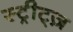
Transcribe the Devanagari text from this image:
स्ट्रीट्ज़